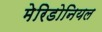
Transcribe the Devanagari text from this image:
मेरिडोनियल